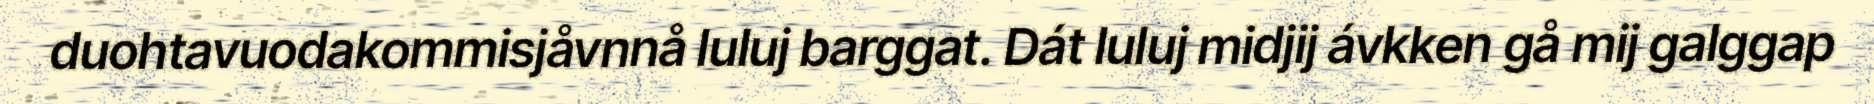
duohtavuodakommisjåvnnå luluj barggat. Dát luluj midjij ávkken gå mij galggap